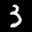
Label: 3